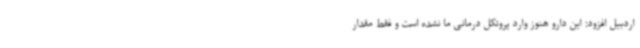
اردبیل افزود: این دارو هنوز وارد پروتکل درمانی ما نشده است و فقط مقدار